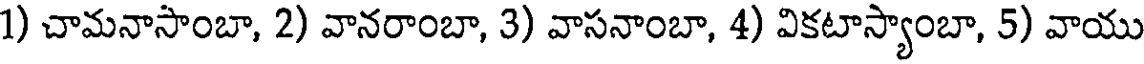
1) చామనాసాంబా, 2) వానరాంబా, 3) వాసనాంబా, 4) వికటాస్యాంబా, 5) వాయు